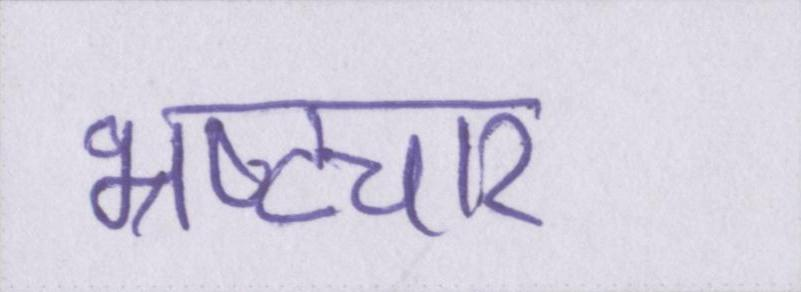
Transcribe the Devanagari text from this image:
भ्रष्टचार